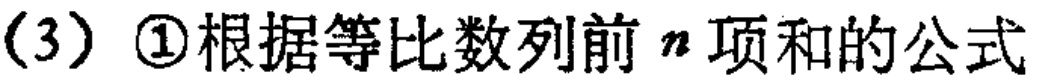
(3) \textcircled{1}根据等比数列前 \(n\) 项和的公式